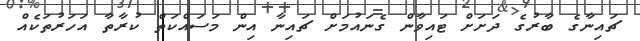
ޗައިނާގެ ބާރުގެ ދަށަށް ޓައިވާން ގެނައުމަށް ޗައިނާ އިން މަސައްކަތް ކުރާތާ އަހަރުތަކެއް